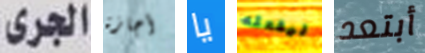
الجرى أجازة يا ليفعله أبتعد